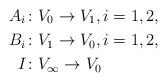
LaTeX: \begin{align*} A_i &\colon V_0 \to V_1, i=1,2, \\ B_i &\colon V_1 \to V_0, i=1,2, \\ I &\colon V_\infty \to V_0\end{align*}